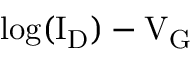
\mathrm { l o g ( I _ { D } ) - V _ { G } }